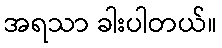
အရသာ ခါးပါတယ်။